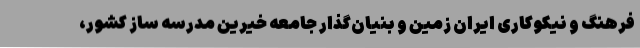
فرهنگ و نیکوکاری ایران‌ زمین و بنیان‌گذار جامعه خیرین مدرسه ‌ساز کشور،